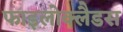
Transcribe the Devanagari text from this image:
फाइलोक्लैडस